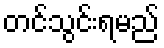
တင်သွင်းရမည်